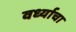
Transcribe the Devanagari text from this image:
वर्ध्याचा